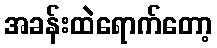
အခန်းထဲရောက်တော့